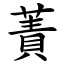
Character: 蔶